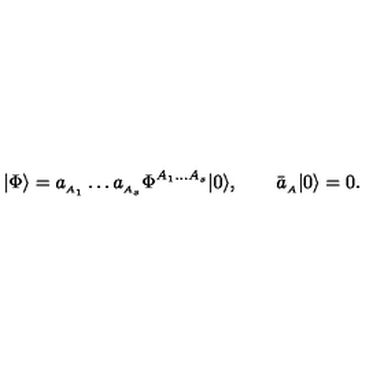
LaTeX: | \Phi \rangle = a _ { _ { A _ { 1 } } } \ldots a _ { _ { A _ { s } } } \Phi ^ { { \scriptstyle A _ { 1 } \ldots A _ { s } } } | 0 \rangle , \qquad \bar { a } _ { _ A } | 0 \rangle = 0 .